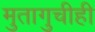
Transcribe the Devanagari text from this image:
मुतागुचीही